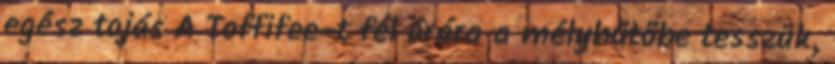
egész tojás A Toffifee-t fél órára a mélyhűtőbe tesszük,